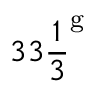
3 3 { \frac { 1 } { 3 } } ^ { \mathrm { g } }